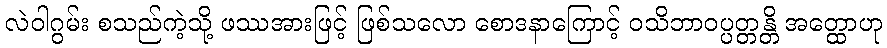
လဲဝါဂွမ်း စသည်ကဲ့သို့ ဖဿအားဖြင့် ဖြစ်သလော စောဒနာကြောင့် ဝသိဘာဝပ္ပတ္တန္တိ အတ္ထောဟု